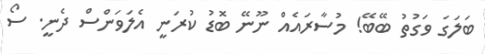
ބަލަގަ ވަގުތު ބޭބޭ! މުސާރައެއް ނޫނޭ ބޮޑު ކުރަނީ އެލަވަންސް ދެނީ. ސޯ